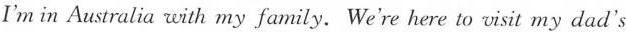
I'm in Australia with my family. We're here to visit my dad's